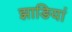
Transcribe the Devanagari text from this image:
झाङियां